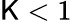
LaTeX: \mathsf{K}<1